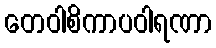
တေဝါစိကာပဝါရဏာ